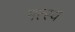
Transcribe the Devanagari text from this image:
मत्स्‍य